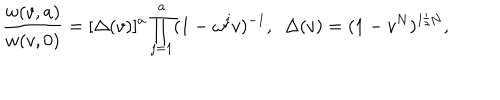
LaTeX: { \frac { w ( v , a ) } { w ( v , 0 ) } } = [ \Delta ( v ) ] ^ { a } \prod _ { j = 1 } ^ { a } ( 1 - \omega ^ { j } v ) ^ { - 1 } , { } ~ ~ \Delta ( v ) = ( 1 - v ^ { N } ) ^ { 1 / N } ,